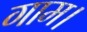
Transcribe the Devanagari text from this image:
गाम।